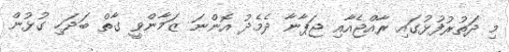
މި ދަތުރުފުޅުގައި ރާއްޖެއާއި ޖަޕާނާ ދެމެދު އޮންނަ ޒަމާންވީ ގާތް ބަދަހި ގުޅުން